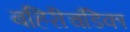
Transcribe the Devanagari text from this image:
बहिरीचंडिका